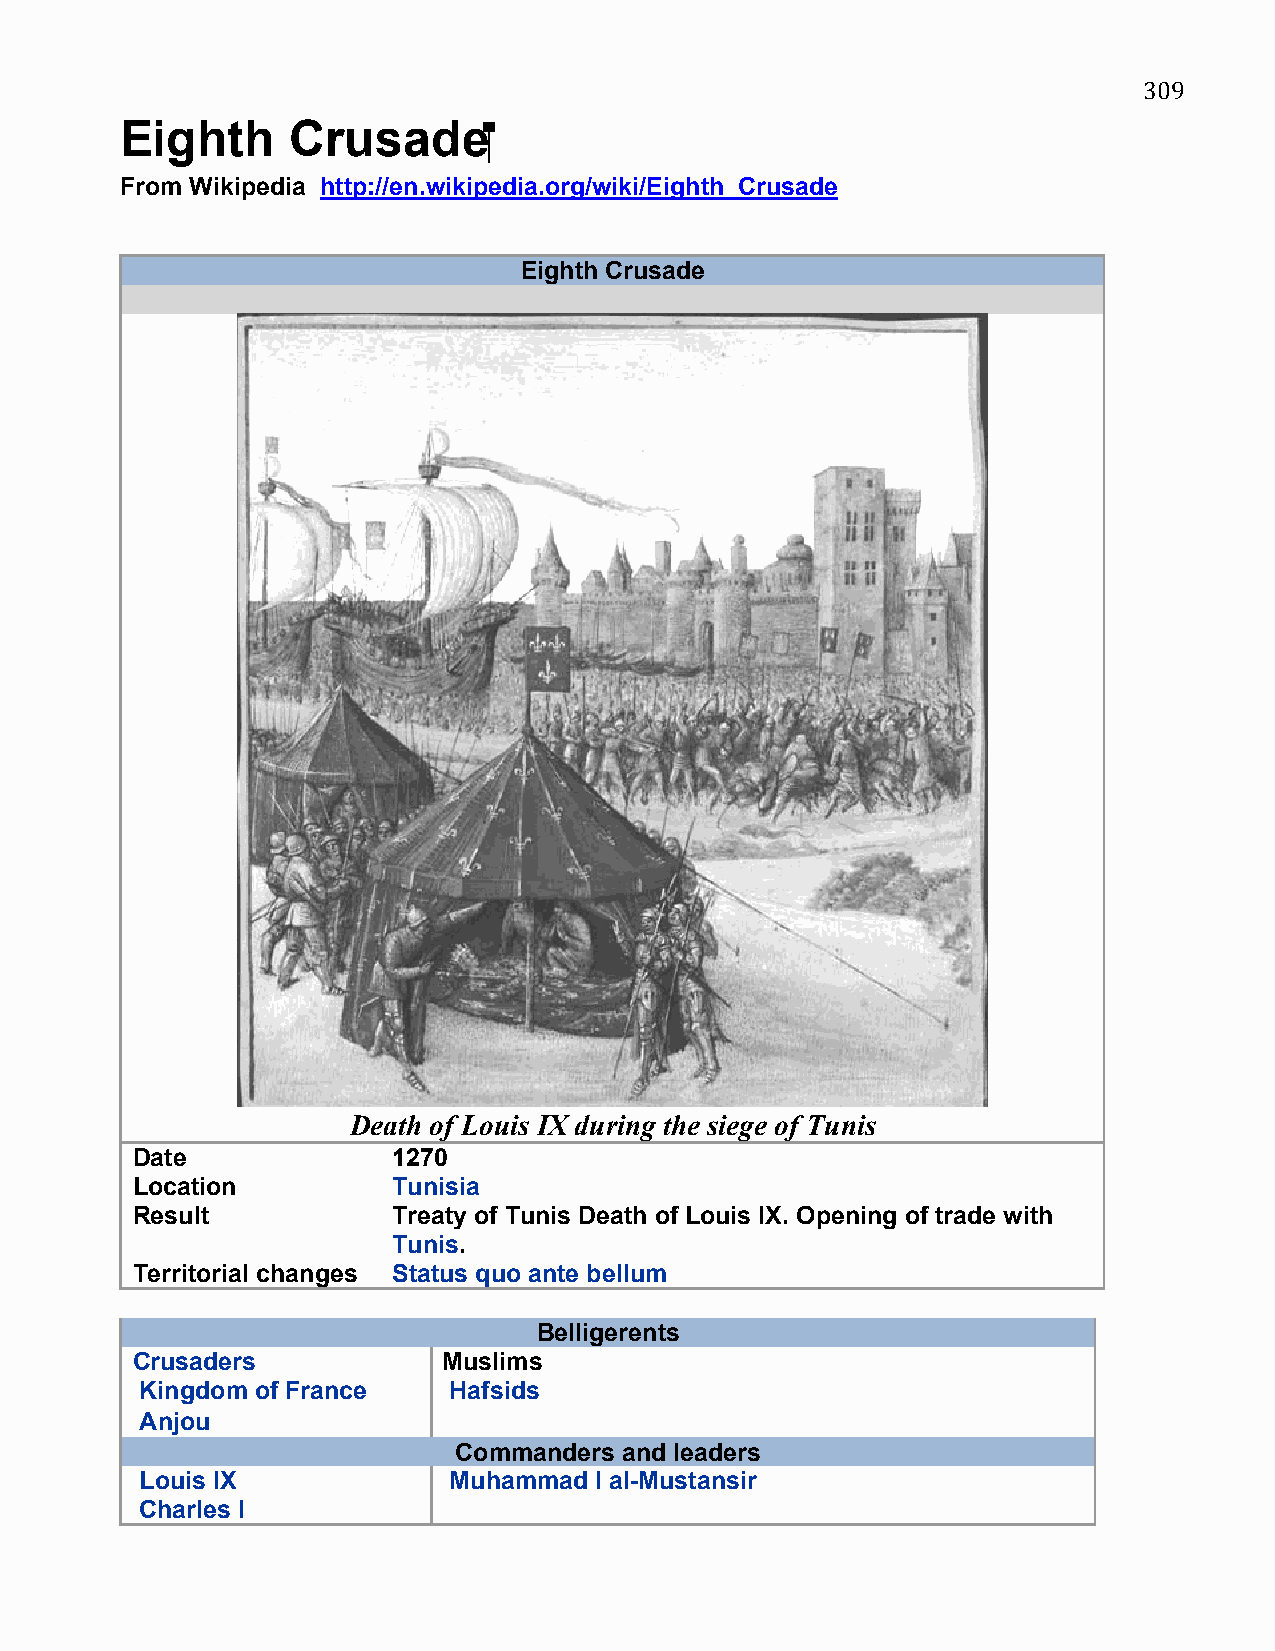
309
 ‪Eighth    Crusade‬
 From Wikipedia http://en.wikipedia.org/wiki/Eighth_Crusade
 Eighth Crusade
 Death of Louis IX during the siege of Tunis
 Date             1270
 Location         Tunisia
 Result           Treaty of Tunis Death of Louis IX. Opening of trade with
 Tunis.
 Territorial changes Status quo ante be llum
 Belligerents
 Crusaders           Muslims
 Kingdom of France    Hafsids
 Anjou
 Commanders and leaders
 Louis IX             Muhammad I al-Mustansir
 Charles I